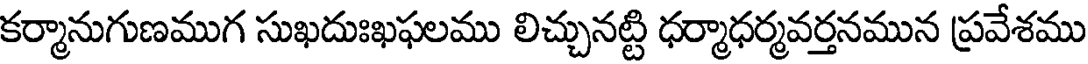
కర్మానుగుణముగ సుఖదుఃఖఫలము లిచ్చునట్టి ధర్మాధర్మవర్తనమున ప్రవేశము